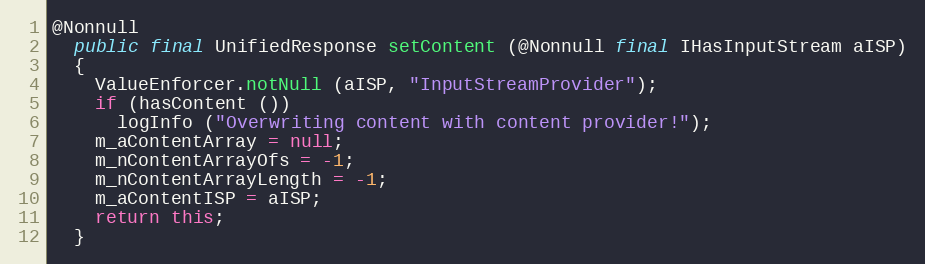
Language: Java
@Nonnull
  public final UnifiedResponse setContent (@Nonnull final IHasInputStream aISP)
  {
    ValueEnforcer.notNull (aISP, "InputStreamProvider");
    if (hasContent ())
      logInfo ("Overwriting content with content provider!");
    m_aContentArray = null;
    m_nContentArrayOfs = -1;
    m_nContentArrayLength = -1;
    m_aContentISP = aISP;
    return this;
  }